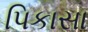
પિકાસા